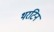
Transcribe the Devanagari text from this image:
थरटिन